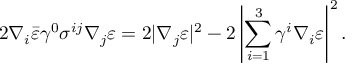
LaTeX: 2 \nabla _ { i } \bar { \varepsilon } \gamma ^ { 0 } \sigma ^ { i j } \nabla _ { j } \varepsilon = 2 | \nabla _ { j } \varepsilon | ^ { 2 } - 2 \left| \sum _ { i = 1 } ^ { 3 } \gamma ^ { i } \nabla _ { i } \varepsilon \right| ^ { 2 } .